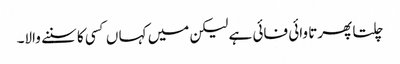
چلتا پھرتا وائی فائی ہے لیکن میں کہا ں کسی کا سننے والا۔